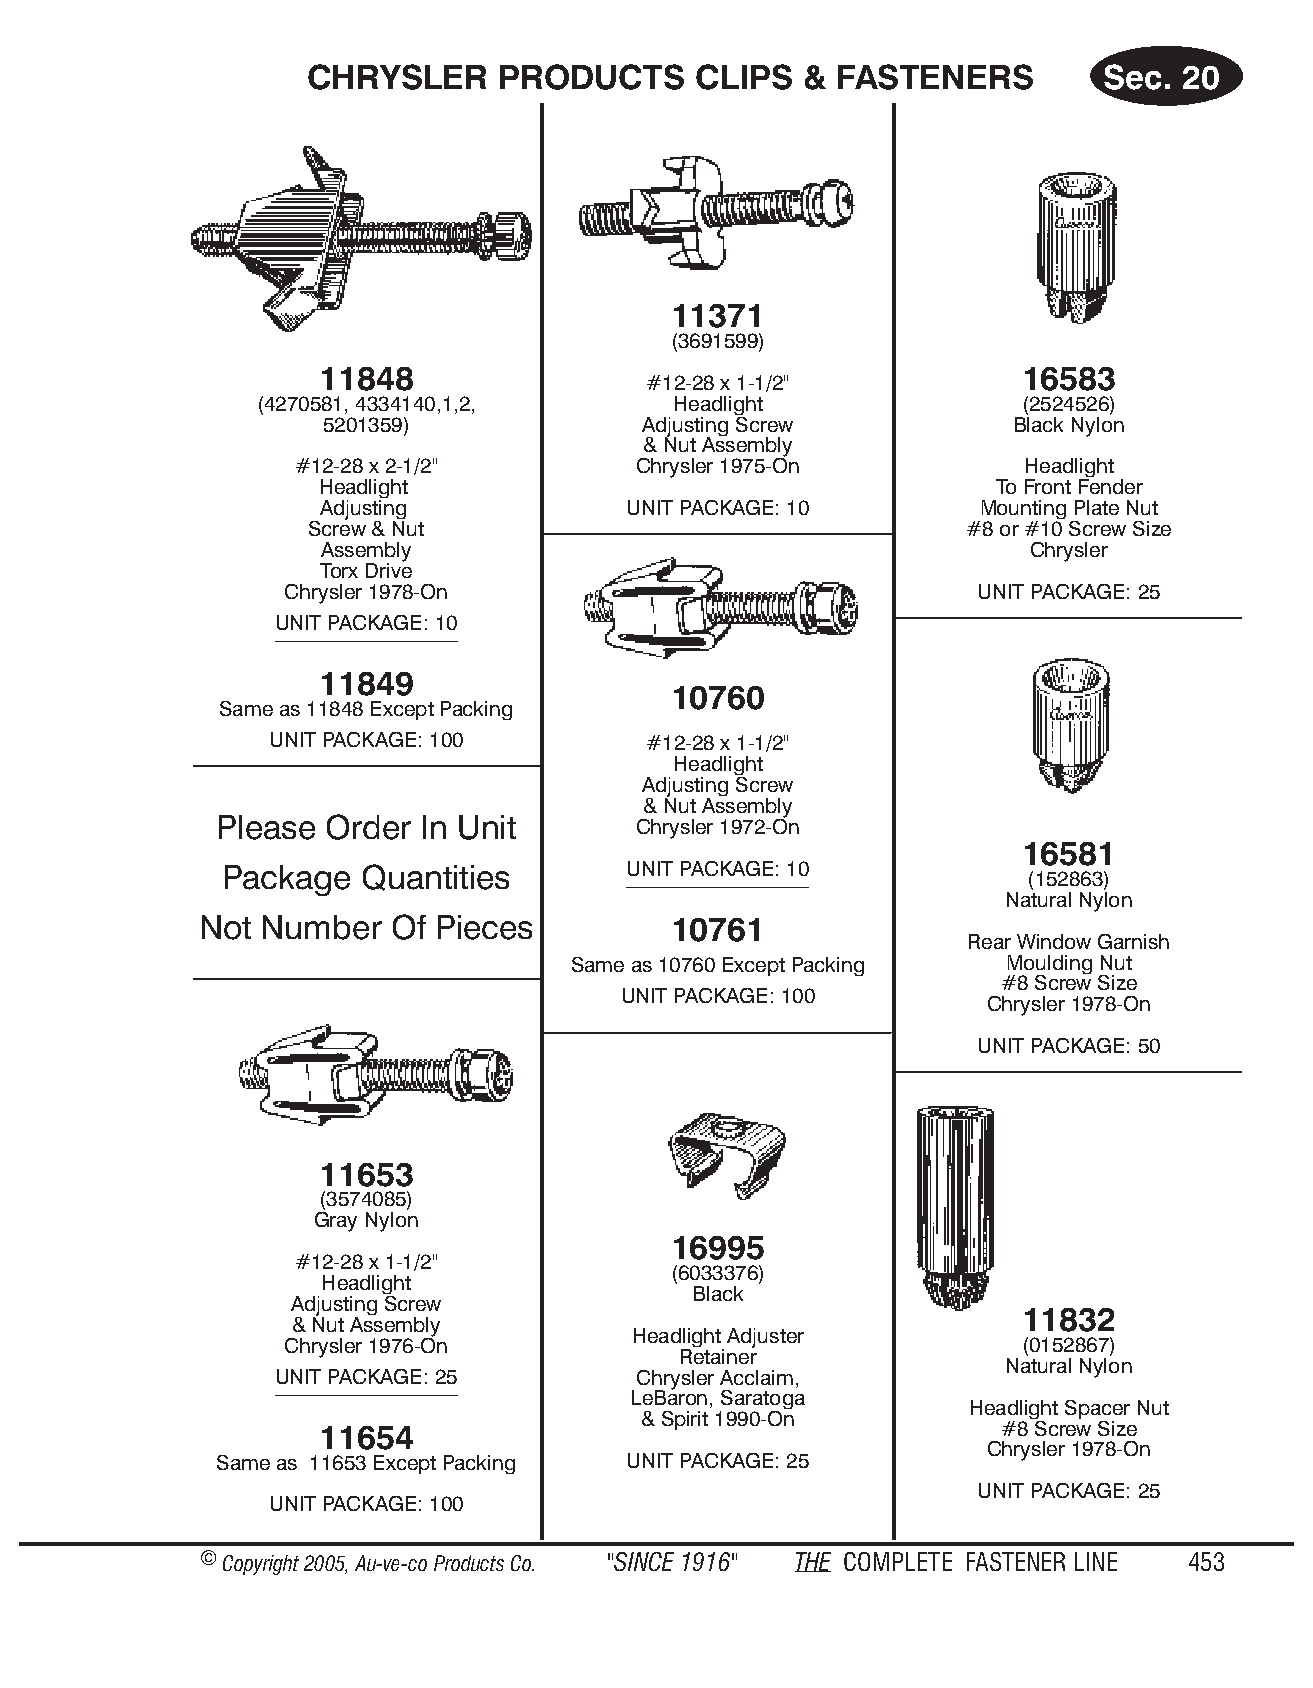
CHRYSL   ER PROD   UCTS  CLIPS  &  FAST ENE  RS     Sec. 20
 11371
 (3691599)
 11848                                          16583
 #12-28 x 1-1/2"
 (4270581, 4334140,1,2,      Headlight              (2524526)
 5201359)             Adjusting Screw         Black Nylon
 & Nut Assembly
 #12-28 x 2-1/2"       Chrysler 1975-On          Headlight
 Head light                                   To Front Fender
 Ad justing           UNIT PACKAGE: 10       Mounting Plate Nut
 Screw & Nut                                #8 or #10 Screw Size
 As sem bly                                     Chrysler
 Torx Drive
 Chrys ler 1978-On                             UNIT PACKAGE: 25
 UNIT PACK AGE: 10
 11849
 10760
 Same as 11848 Except Packing
 UNIT PACKAGE: 100        #12-28 x 1-1/2"
 Headlight
 Adjusting Screw
 & Nut Assembly
 Please Order In Unit       Chrysler 1972-On
 16581
 Package  Quantities        UNIT PACK AGE: 10
 (152863)
 Natural Nylon
 Not  Number  Of Pieces          10761
 Rear Window Garnish
 Same as 10760 Except Packing Moulding Nut
 #8 Screw Size
 UNIT PACK AGE: 100
 Chrysler 1978-On
 UNIT PACKAGE: 50
 11653
 (3574085)
 Gray Nylon
 16995
 #12-28 x 1-1/2"
 (6033376)
 Headlight
 Black
 Adjusting Screw
 11832
 & Nut Assembly
 Headlight Adjuster
 Chrysler 1976-On                                 (0152867)
 Retainer
 Nat u ral Ny lon
 UNIT PACK AGE: 25       Chrysler Acclaim,
 LeBaron, Saratoga
 Headlight Spacer Nut
 & Spirit 1990-On
 11654                                        #8 Screw Size
 Chrysler 1978-On
 Same as 11653 Except Packing UNIT PACKAGE: 25
 UNIT PACKAGE: 25
 UNIT PACKAGE: 100
 © Copyr ight 2005, Au-ve-co Produ cts Co. "SINCE 1916" THE COM PLETE FAST ENER LINE 453